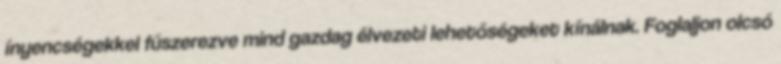
ínyencségekkel fűszerezve mind gazdag élvezeti lehetőségeket kínálnak. Foglaljon olcsó